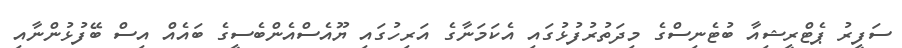
ސަފީރު ޕެޓްރީޝިއާ ބުޓެނިސްގެެ މިދަތުރުފުޅުގައި އެކަމަނާގެ އަރިހުގައި ޔޫއެސްއެންބެސީގެ ބައެއް އިސް ބޭފުޅުންނާއި